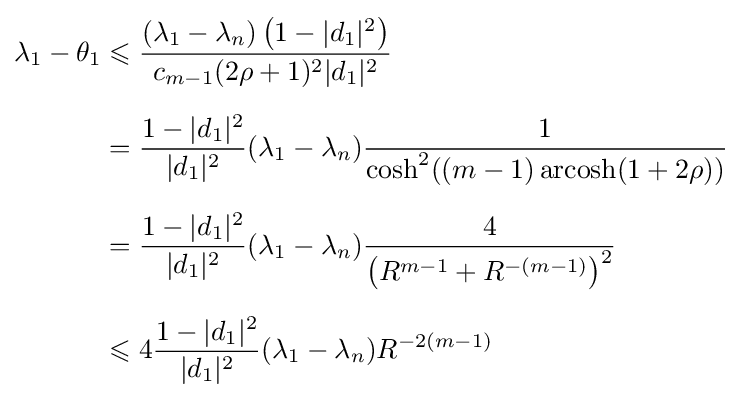
{\begin{aligned}\lambda _{1}-\theta _{1}&\leqslant {\frac {(\lambda _{1}-\lambda _{n})\left(1-|d_{1}|^{2}\right)}{c_{m-1}(2\rho +1)^{2}|d_{1}|^{2}}}\\[6pt]&={\frac {1-|d_{1}|^{2}}{|d_{1}|^{2}}}(\lambda _{1}-\lambda _{n}){\frac {1}{\cosh ^{2}((m-1)\operatorname {arcosh} (1+2\rho ))}}\\[6pt]&={\frac {1-|d_{1}|^{2}}{|d_{1}|^{2}}}(\lambda _{1}-\lambda _{n}){\frac {4}{\left(R^{m-1}+R^{-(m-1)}\right)^{2}}}\\[6pt]&\leqslant 4{\frac {1-|d_{1}|^{2}}{|d_{1}|^{2}}}(\lambda _{1}-\lambda _{n})R^{-2(m-1)}\end{aligned}}